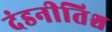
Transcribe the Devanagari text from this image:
दंडनीतिश्च